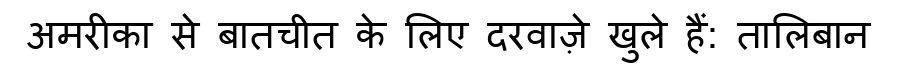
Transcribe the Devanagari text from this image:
अमरीका से बातचीत के लिए दरवाज़े खुले हैं: तालिबान